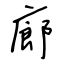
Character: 廊